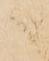
へ